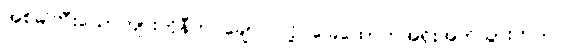
အစ်မကြီးယောက်ျားကိုနီက ချော်လဲလို့ ခြေထောက်အရိုးအက်သွားတယ်။